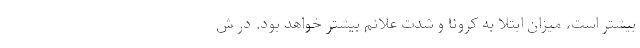
بیشتر است، میزان ابتلا به کرونا و شدت علائم بیشتر خواهد بود. در ش